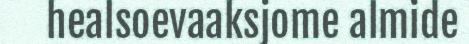
healsoevaaksjome almide